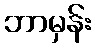
ဘာမှန်း